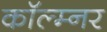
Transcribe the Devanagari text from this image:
कॉल्म्नर